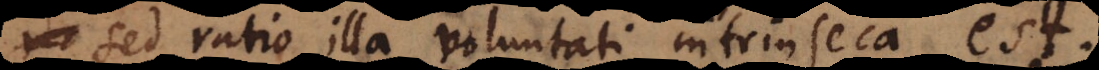
sed ratio illa voluntati intrinseca est.